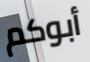
أبوكم